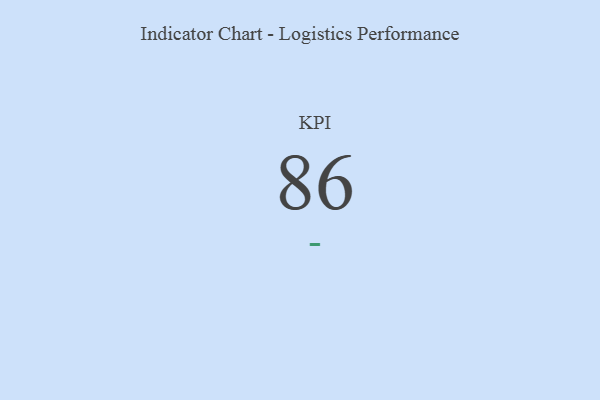
{"axis": {"x": "KPI", "y": "Value"}, "legend": [""], "data": [{"x": "KPI", "y": 86, "type": ""}]}